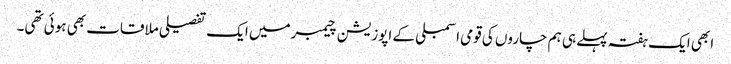
ابھی ایک ہفتہ پہلے ہی ہم چاروں کی قومی اسمبلی کے اپوزیشن چیمبرمیں ایک تفصیلی ملاقات بھی ہوئی تھی۔